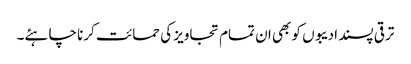
ترقی پسند ادیبوں کو بھی ان تمام تجاویز کی حمائت کرنا چاہئے۔